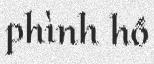
phình hồ